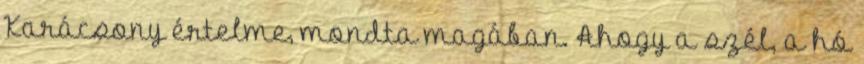
Karácsony értelme, mondta magában. Ahogy a szél, a hó